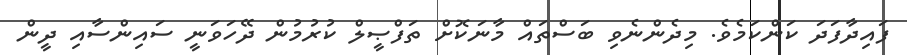
ފައިދާފަދަ ކަންކަމެވެ. މިދެންނެވި ބަސްތައް މާނަކޮށް ތަފްޞީލް ކުރުމުން ދޭހަވަނީ ސައިންސާއި ދީން